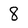
Character: 8